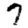
Digit: 7